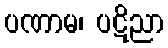
ပဏာမ၊ ပဋိညာ